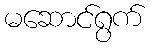
မဆောင်ရွက်